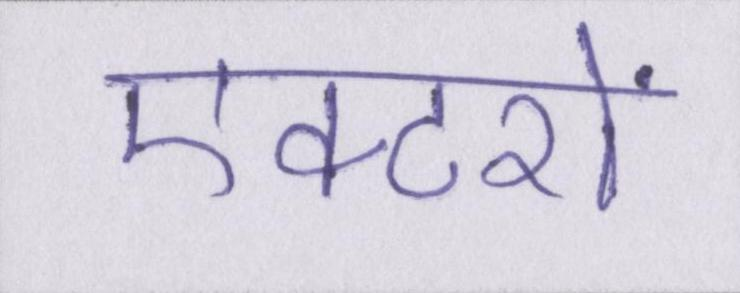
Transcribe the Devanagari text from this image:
एक्टरों